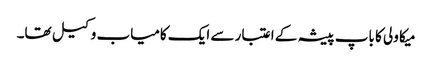
میکا ولی کا باپ پیشہ کے اعتبار سے ایک کامیاب وکیل تھا۔